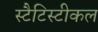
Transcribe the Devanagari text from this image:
स्टैटिस्टीकल